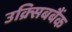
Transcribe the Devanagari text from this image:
उक्र्सिबबैंक